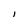
Character: l